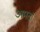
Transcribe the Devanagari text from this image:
अमदा